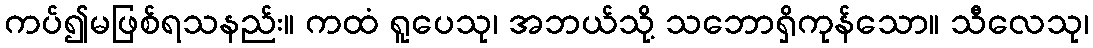
ကပ်၍မဖြစ်ရသနည်း။ ကထံ ရူပေသု၊ အဘယ်သို့ သဘောရှိကုန်သော။ သီလေသု၊